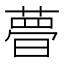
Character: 𣊔